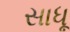
સાધૂ